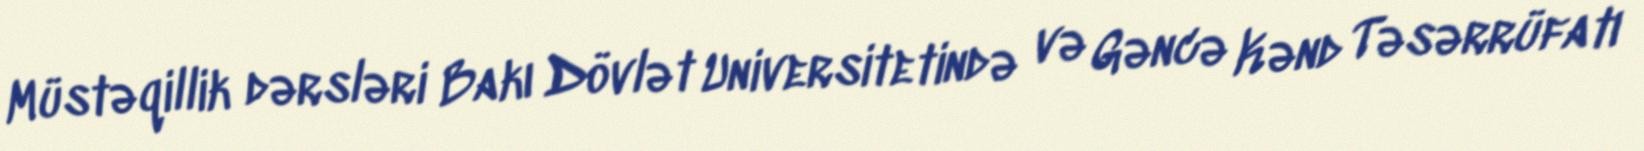
Müstəqillik dərsləri Bakı Dövlət Universitetində və Gəncə Kənd Təsərrüfatı